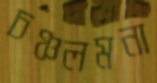
চঞ্চলমনা